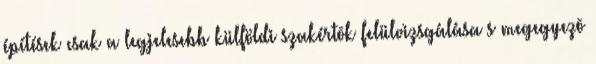
építések csak a legjelesebb külföldi szakértõk felülvizsgálása s megegyezõ